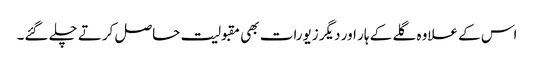
اس کے علاوہ گلے کے ہار اور دیگر زیورات بھی مقبولیت حاصل کرتے چلے گئے۔